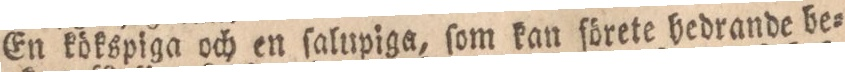
En kökspiga och en ſalupiga, ſom kan förete hedrande be=